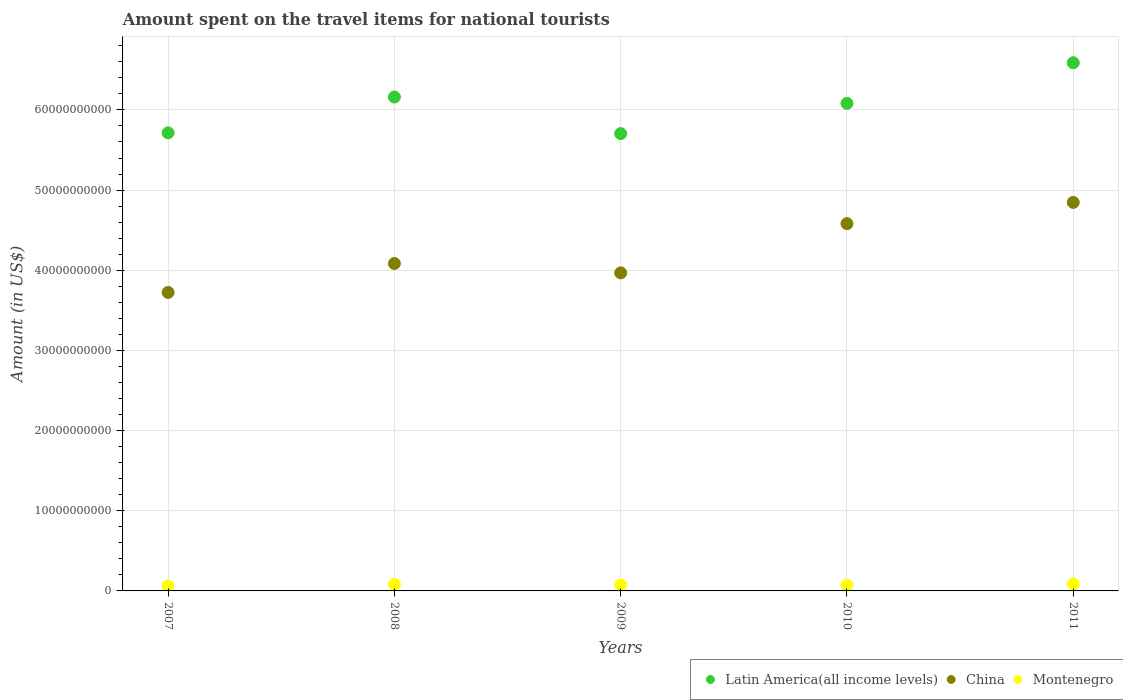
| Years | Latin America(all income levels) | China | Montenegro |
 | --- | --- | --- | --- |
 | 2007 | 5.71e+10 | 3.72e+10 | 6.3e+08 |
 | 2008 | 6.16e+10 | 4.08e+10 | 8.13e+08 |
 | 2009 | 5.7e+10 | 3.97e+10 | 7.45e+08 |
 | 2010 | 6.08e+10 | 4.58e+10 | 7.13e+08 |
 | 2011 | 6.59e+10 | 4.85e+10 | 8.75e+08 |